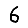
Digit: 6